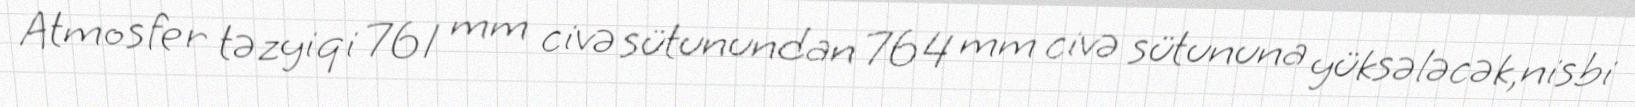
Atmosfer təzyiqi 761 mm civə sütunundan 764 mm civə sütununa yüksələcək,nisbi